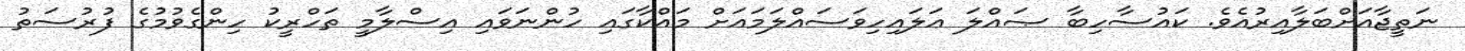
ނަތީޖާއަށްބަލާއިރުއެވެ. ކައުސާހިބާ ޞައްލަ ޢަލައިހިވަސައްލަމައަށް މައްކާގައި ހުންނަވައި އިސްލާމީ ތަހްރީކު ހިންގެވުމުގެ ފުރުސަތު